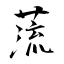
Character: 蓅